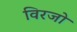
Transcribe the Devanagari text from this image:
विरजो